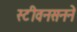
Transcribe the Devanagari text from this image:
स्टीवनसनने